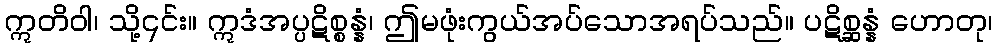
ဣတိဝါ၊ သို့၎င်း။ ဣဒံအပ္ပဋိစ္စန္နံ၊ ဤမဖုံးကွယ်အပ်သောအရပ်သည်။ ပဋိစ္ဆန္နံ ဟောတု၊